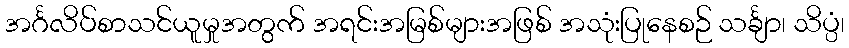
အင်္ဂလိပ်စာသင်ယူမှုအတွက် အရင်းအမြစ်များအဖြစ် အသုံးပြုနေစဉ် သင်္ချာ၊ သိပ္ပံ၊